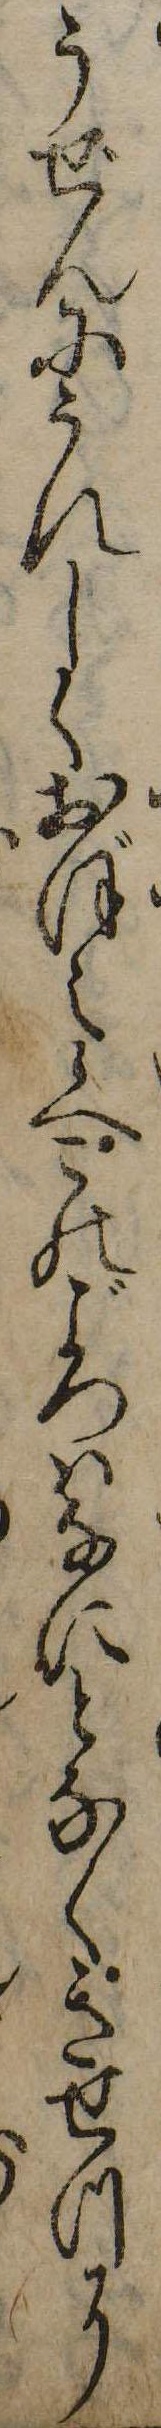
うぜんにうれしくおぼえ候へこのごろはなにとなくきせつに